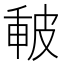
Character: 𤿪